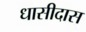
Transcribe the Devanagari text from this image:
धासीदास